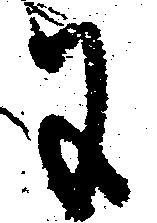
に